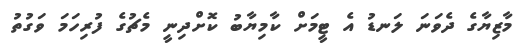
މާޒިޔާގެ ދެވަނަ ލަނޑު އެ ޓީމަށް ކާމިޔާބު ކޮށްދިނީ މެޗުގެ ފުރިހަމަ ވަގުތު